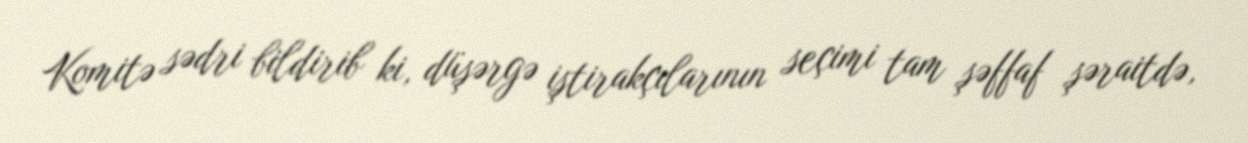
Komitə sədri bildirib ki, düşərgə iştirakçılarının seçimi tam şəffaf şəraitdə,